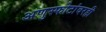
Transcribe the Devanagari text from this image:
अणुस्फोटांवरही